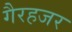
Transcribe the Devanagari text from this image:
गैरहजर